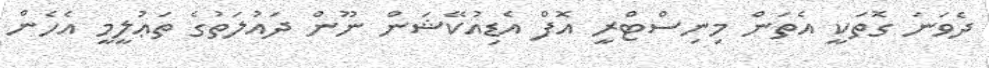
ދެވަނަ ގޮތަކީ އެތަން މިނިސްޓްރީ އޮފް އެޑިއުކޭޝަން ނޫން ދައުލަތުގެ ތަޢުލީމީ އެހެން